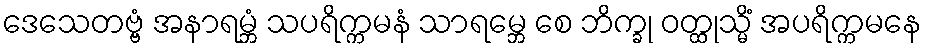
ဒေသေတဗ္ဗံ အနာရမ္ဘံ သပရိက္ကမနံ သာရမ္ဘေ စေ ဘိက္ခု ဝတ္ထုသ္မိံ အပရိက္ကမနေ